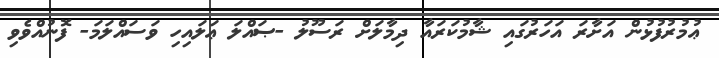
ޢުމުރުފުޅުން އަށާރަ އަހަރުގައި ޝާމުކަރައާ ދިމާލަށް ރަސޫލު -ޞައްލަ ޢަލައިހި ވަސައްލަމަ- ފޮނުއްވެވި